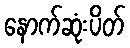
နောက်ဆုံးပိတ်